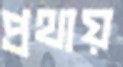
প্রথায়